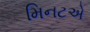
મિનટએ